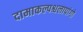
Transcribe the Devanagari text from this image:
दामाकल्पश्चलापांगो